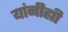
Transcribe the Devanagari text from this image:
यांनीह्यी